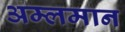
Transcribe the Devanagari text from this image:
अम्लमान